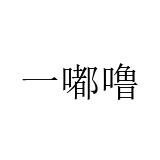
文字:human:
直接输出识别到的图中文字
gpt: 一嘟噜